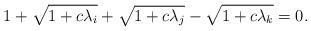
LaTeX: \begin{align*}1+\sqrt{1+c\lambda_i}+\sqrt{1+c\lambda_j}-\sqrt{1+c\lambda_k}=0.\end{align*}